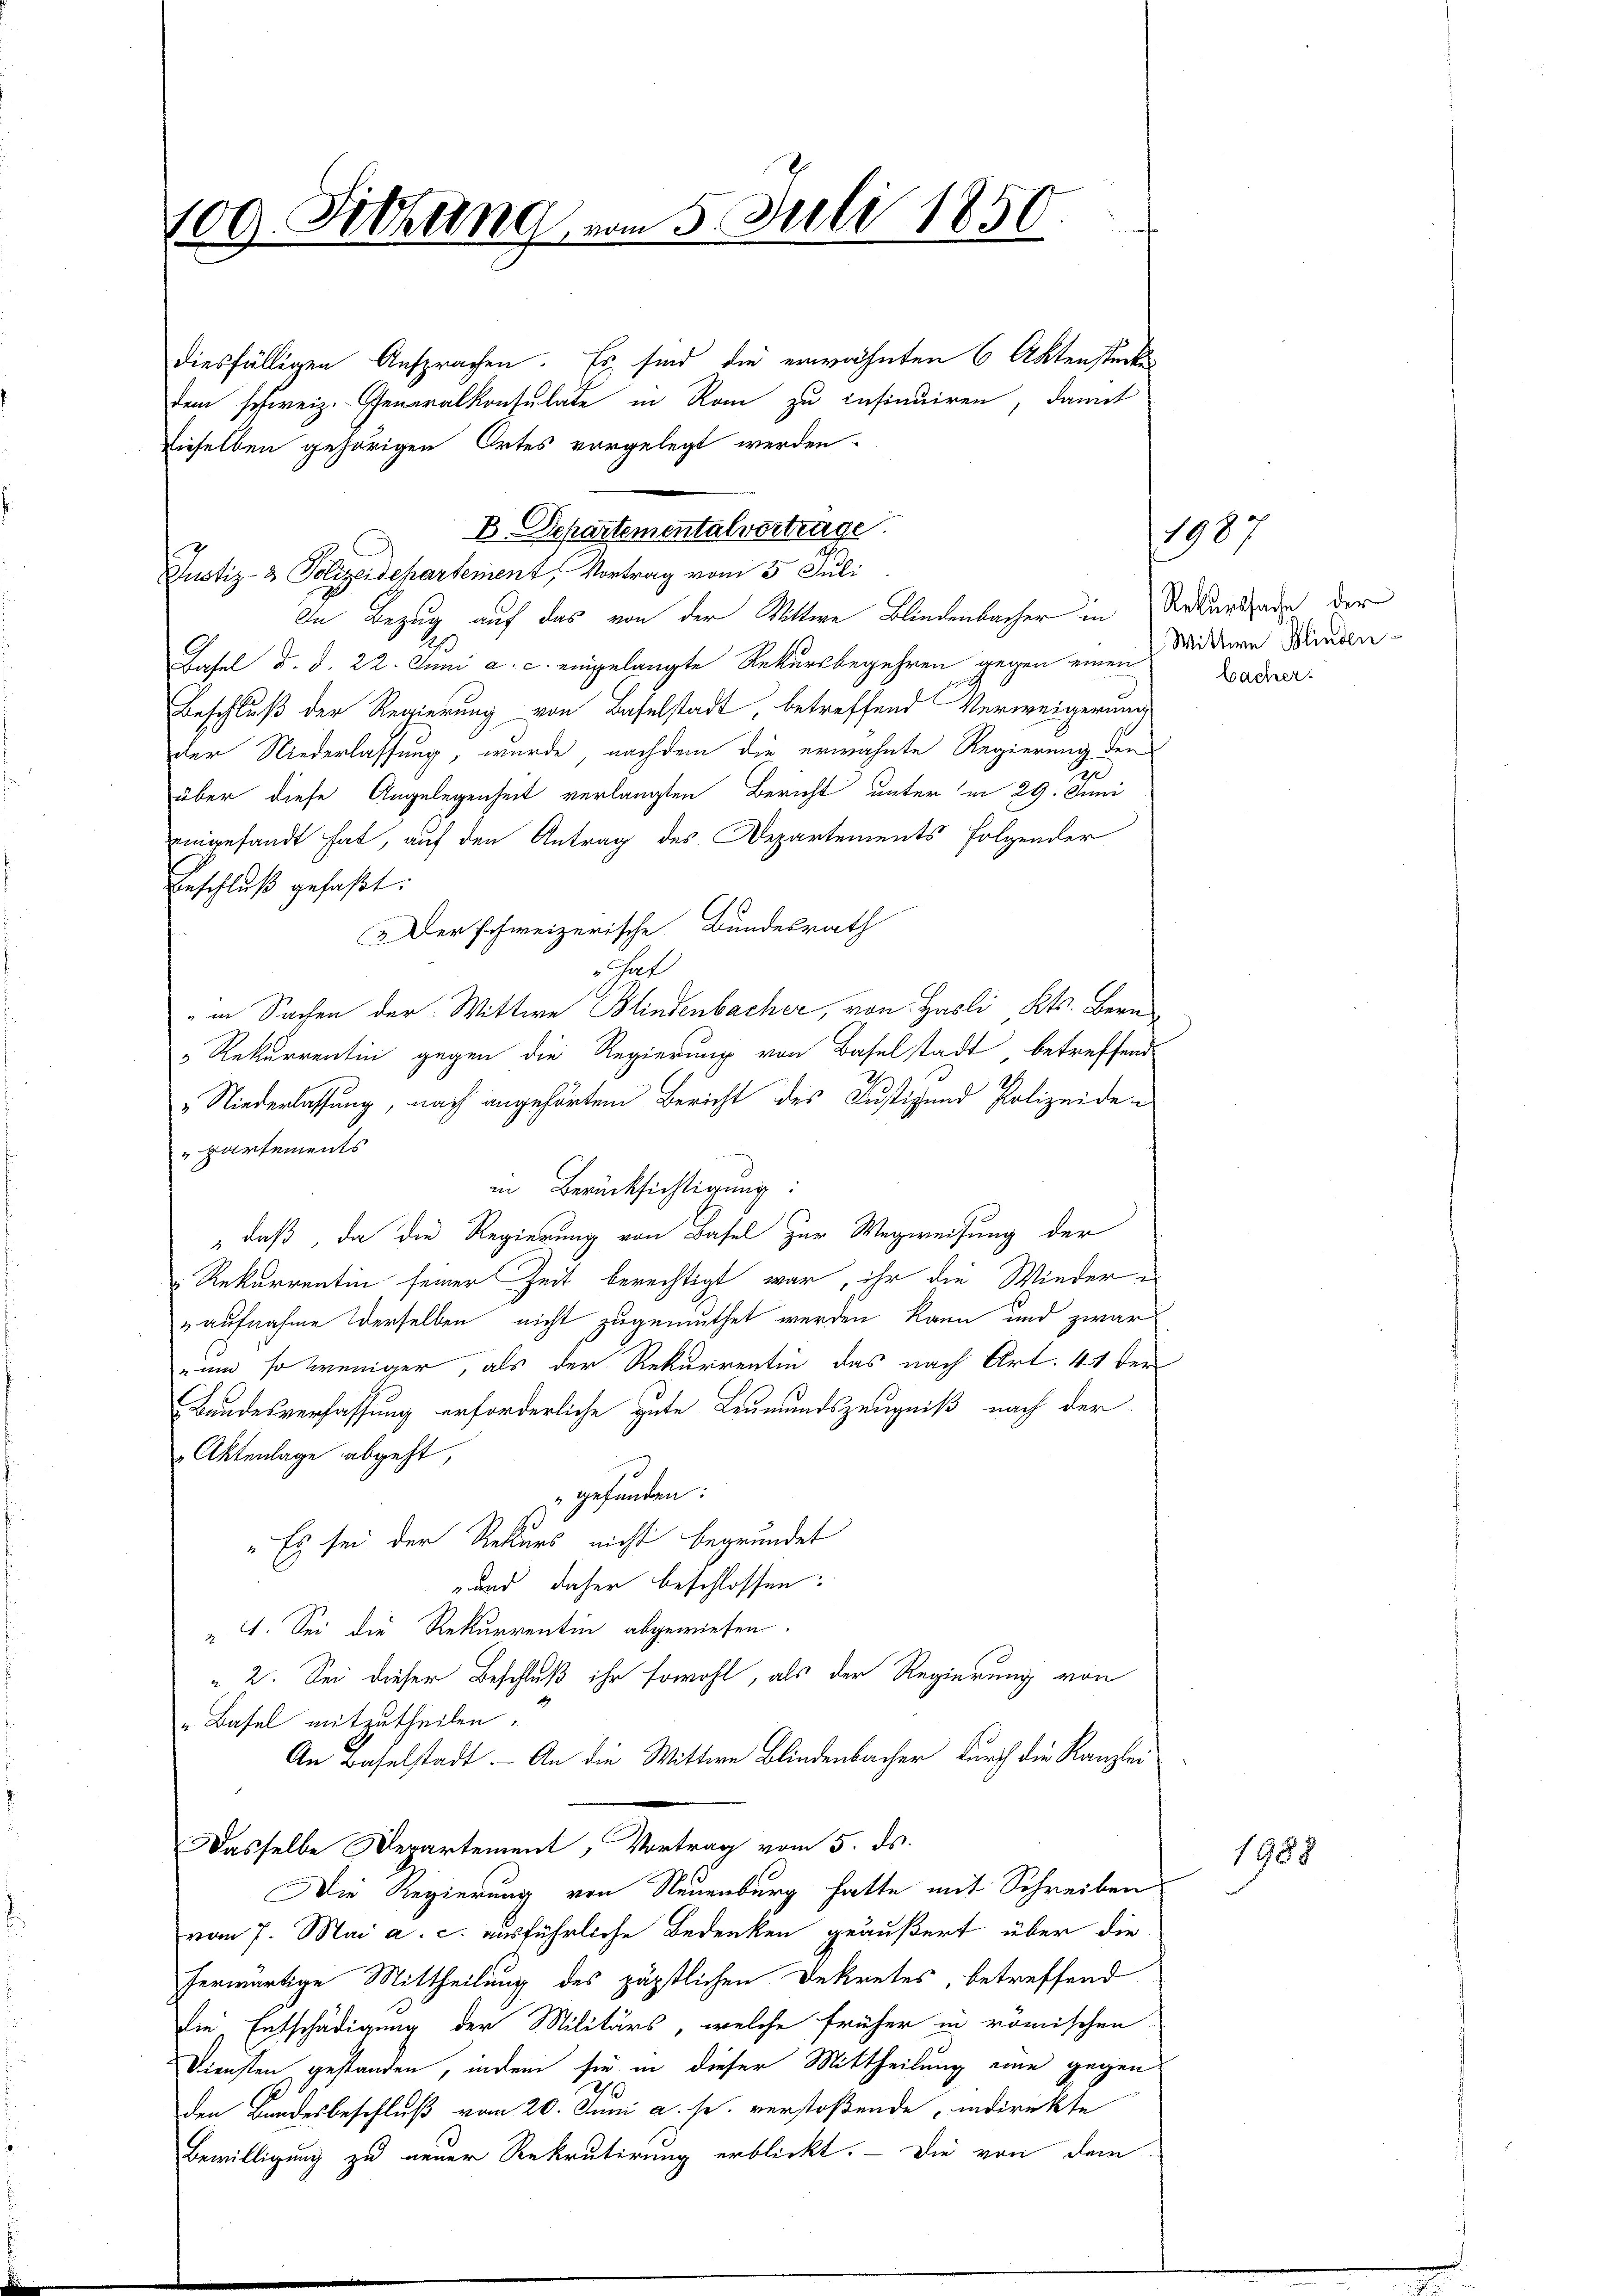
100. Sitzung vom 5. Juli 1850.

diesfälligen Ansprachen. Es sind die erwähnten 6 Aktenstücke
dem schweiz. Generalkonsulate in Rom zu insinuiren, damit
dieselben gehörigen Ortes vorgelegt werden.
g
Basel d. d. 22. Juni a. c. eingelangte Rekursbegehren gegen einen
Beschluß der Regierung von Baselstadt, betreffend Verweigerung
der Niederlassung, wurde, nachdem die erwähnte Regierung den
über diese Angelegenheit verlangten Bericht unter in 29. Juni
eingesandt hat, auf den Antrag des Departements folgender
Beschluß gefaßt:
Der schweizerische Bundesrath
 hat
" in Sachen der Wittwe Blindenbacher, von Hasli Kts. Bern
" Rekurrentin gegen die Regierung von Baselstadt betreffend
„Niederlassung, nach angehörten Bericht des Justiz und Polizeiden
partements
in Berücksichtigung:
" daß, da die Regierung von Basel zur Wegweisung der
Rekarrentin seiner Zeit berechtigt war, ihr die Wieder¬
" aufnahme derselben nicht zugemuthet werden kann und zwar
um so weniger, als der Rekurrentin das nach Art. 41 der
Bandesverfassung erforderliche gute Leumundszeugniß nach der
Aktenlage abgeht,
" gefunden:
"Es sei der Rekurs nicht begründet
und daher beschlossen:
 4. Sei die Rekurrentin abgewiesen.
 2. Sei dieser Beschluß ihr sowohl, als der Regierung von
„ Basel mitzutheilen.
An Baselstadt. An die Wittwe Blindenbacher durch die Kanzlei
Dasselbe Departement, Vortrag vom 5. ds.
Die Regierung von Neuenburg hatte mit Schreiben
vom 7. Mai a. c. ausführliche Bedenken geäußert, über die
herwärtige Mittheilung des päpstlichen Dekretes, betreffend
die Entschädigung der Militärs, welche früher in römischen
Diensten gestanden, indem sie in dieser Mittheilung eine gegen
den Bandesbeschluß vom 20. Juni a. s. verstoßende indirekte
Bewilligung zu neuer Rekrutirung erblickt. - Die von dem

B. Departementalvertrage
Justiz- & Polizeidepartement, Vortrag vom 5. Juli
In Bezug auf das von der Wittwe Blindenbacher in Rekurssade der

Wittwe Blinden
bacher

1907

1988